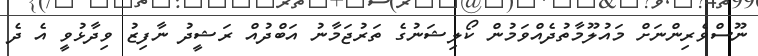
ނޫސްވެރިންނަށް މައުލޫމާތުދެއްވަމުން ކޯލިޝަނުގެ ތަރުޖަމާނު އަބްދުއް ރަޝީދު ނާފިޒު ވިދާޅުވީ އެ ދެ